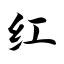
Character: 红